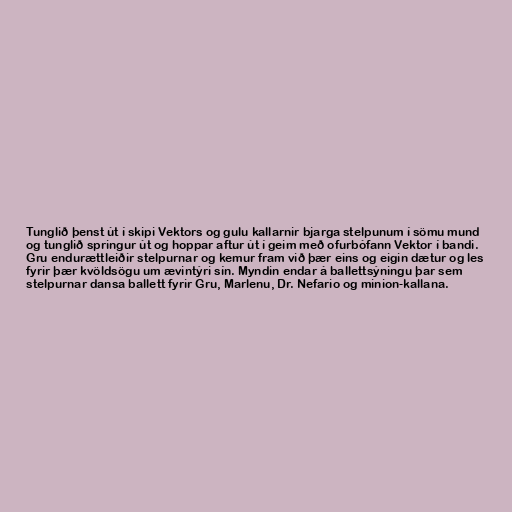
Tunglið þenst út í skipi Vektors og gulu kallarnir bjarga stelpunum í sömu mund
og tunglið springur út og hoppar aftur út í geim með ofurbófann Vektor í bandi.
Gru endurættleiðir stelpurnar og kemur fram við þær eins og eigin dætur og les
fyrir þær kvöldsögu um ævintýri sín. Myndin endar á ballettsýningu þar sem
stelpurnar dansa ballett fyrir Gru, Marlenu, Dr. Nefario og minion-kallana.